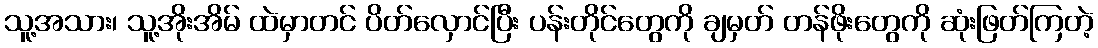
သူ့အသား၊ သူ့အိုးအိမ် ထဲမှာတင် ပိတ်လှောင်ပြီး ပန်းတိုင်တွေကို ချမှတ် တန်ဖိုးတွေကို ဆုံးဖြတ်ကြတဲ့